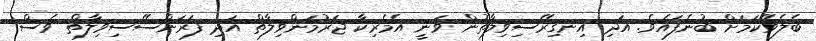
ބެލެވޭކަމަށް ބުނެފައެވެ. އަދި އިނގިރޭސިވިލާތުން ވަނީ އެމެރިކާ ޖަރުމަންވިލާތް އަދި ފަރަންސޭސިވިލާތް ވެސް